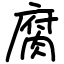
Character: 腐